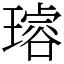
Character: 𤩅